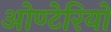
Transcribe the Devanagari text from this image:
ओण्टेरियो